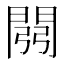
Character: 𲈪